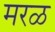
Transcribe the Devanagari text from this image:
मरळ